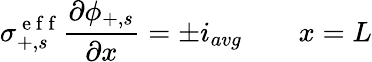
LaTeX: \sigma_{+,s}^{\mathrm{~e~f~f~}}\frac{\partial\phi_{+,s}}{\partial x}=\pm i_{avg}\qquad x=L